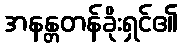
အနန္တတန်ခိုးရှင်၏